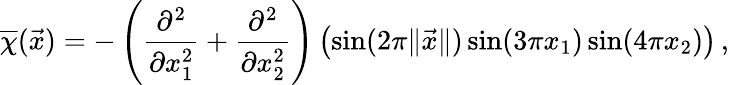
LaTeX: \overline{{\chi}}(\vec{x})=-\left(\frac{\partial^{2}}{\partial x_{1}^{2}}+\frac{\partial^{2}}{\partial x_{2}^{2}}\right)\left(\sin(2\pi\| \vec{x}\| )\sin(3\pi x_{1})\sin(4\pi x_{2})\right)\, ,